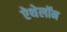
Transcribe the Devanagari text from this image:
ऐथेलॉन